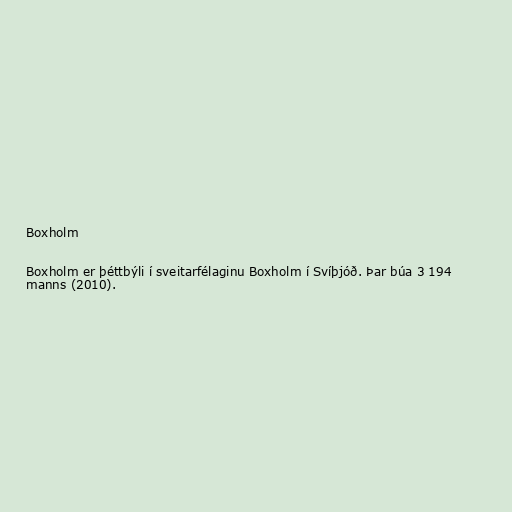
Boxholm

Boxholm er þéttbýli í sveitarfélaginu Boxholm í Svíþjóð. Þar búa 3 194
manns (2010).